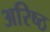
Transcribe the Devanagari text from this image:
अरिष्ठ